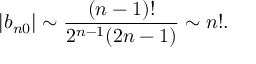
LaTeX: | b _ { n 0 } | \sim \frac { ( n - 1 ) ! } { 2 ^ { n - 1 } ( 2 n - 1 ) } \sim n ! .